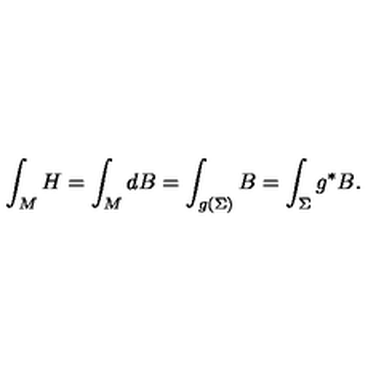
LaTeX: \int _ { M } H = \int _ { M } d B = \int _ { g ( \Sigma ) } B = \int _ { \Sigma } g ^ { * } B .